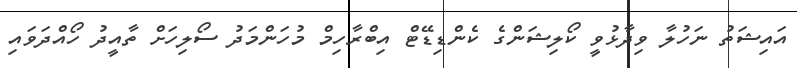
އައިޝަތު ނަހުލާ ވިދާޅުވީ ކޯލިޝަންގެ ކެންޑިޑޭޓް އިބްރާހިމް މުހަންމަދު ސޯލިހަށް ތާއީދު ހޯއްދަވައި